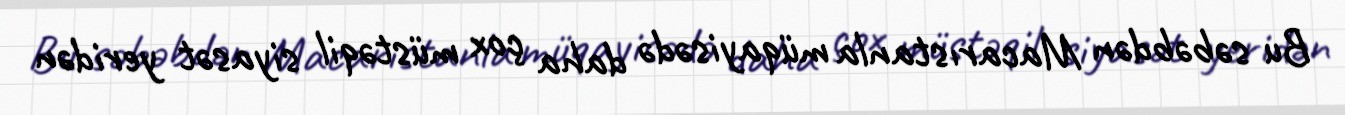
Bu səbəbdən Macarıstanla müqayisədə daha çox müstəqil siyasət yeridən